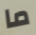
ما